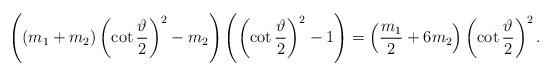
LaTeX: \begin{align*}\left( (m_{1}+m_{2})\left( \cot \frac{\vartheta}{2} \right)^{2} -m_{2}\right) \left( \left( \cot \frac{\vartheta}{2} \right)^{2} -1\right) =\left( \frac{m_{1}}{2} + 6m_{2}\right) \left( \cot \frac{\vartheta}{2} \right)^{2}.\end{align*}